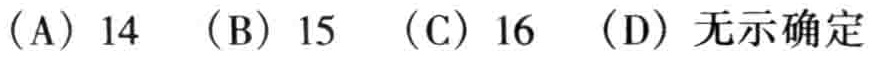
(A) 14  (B) 15  (C) 16  (D) 无示确定